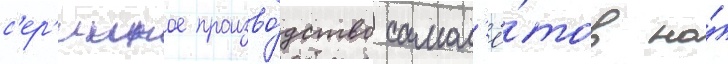
с'ер'ииное произво́дство самол'ё́тов на́